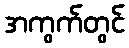
အကွက်တွင်